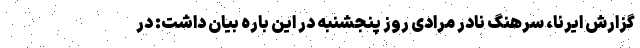
گزارش ایرنا، سرهنگ نادر مرادی روز پنجشنبه در این باره بیان داشت: در